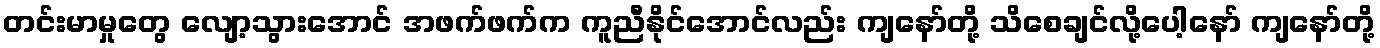
တင်းမာမှုတွေ လျော့သွားအောင် အဖက်ဖက်က ကူညီနိုင်အောင်လည်း ကျနော်တို့ သိစေချင်လို့ပေါ့နော် ကျနော်တို့